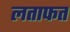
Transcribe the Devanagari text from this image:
लताफत